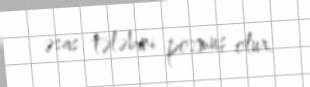
əsas tələbini pozmuş olur.